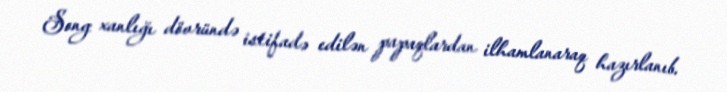
Song xanlığı dövründə istifadə edilən papaqlardan ilhamlanaraq hazırlanıb.